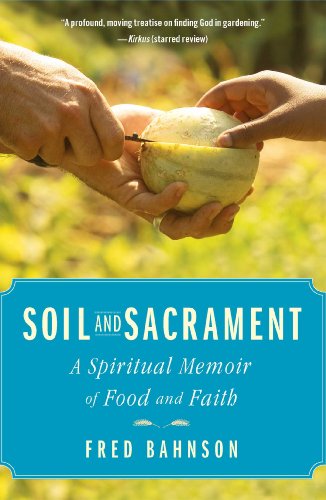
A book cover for Soil and Sacrament: A Spiritual Memoir of Food and Faith; Fred Bahnson; Crafts, Hobbies & Home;